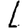
Digit: 1